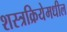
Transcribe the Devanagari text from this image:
शस्त्रक्रियेमधील